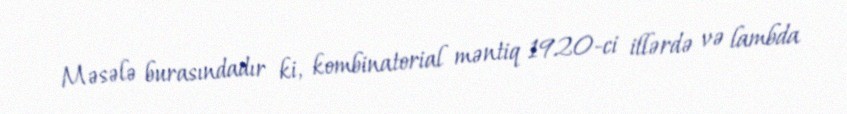
Məsələ burasındadır ki, kombinatorial məntiq 1920-ci illərdə və lambda